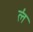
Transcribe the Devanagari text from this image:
ल॑